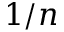
1 / n